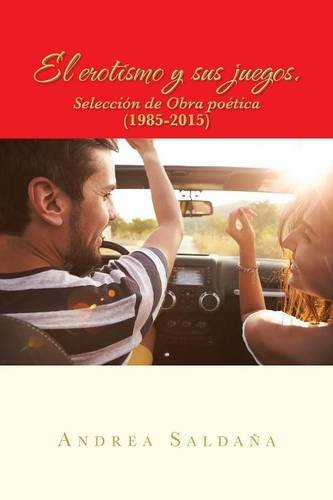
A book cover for El erotismo y sus juegos.: SelecciÃ³n de obra poÃ©tica (1985-2015) (Spanish Edition); Andrea SaldaÃ±a; Romance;